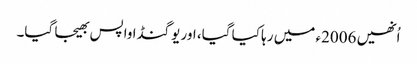
اُنھیں 2006ء میں رہا کیا گیا، اور یوگنڈا واپس بھیجا گیا۔